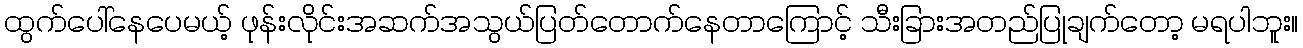
ထွက်ပေါ်နေပေမယ့် ဖုန်းလိုင်းအဆက်အသွယ်ပြတ်တောက်နေတာကြောင့် သီးခြားအတည်ပြုချက်တော့ မရပါဘူး။